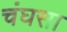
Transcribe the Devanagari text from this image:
चंघसा